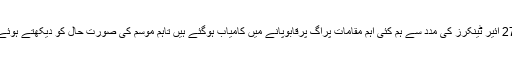
فائر فائیٹنگ ادارے کے اعلیٰ حکام نے دعویٰ کہ 1400 فائر فائٹرز،133 ہیلی کاپٹرز،27 ائیر ٹینکرز کی مدد سے ہم کئی اہم مقامات پرآگ پرقابوپانے میں کامیاب ہوگئے ہیں تاہم موسم کی صورتِ حال کو دیکھتے ہوئے خدشہ ظاہر کیا جارہا ہے کہ اب بھی آگ کومکمل ٹھنڈاکرنےمیں کئی ماہ لگ سکتےہیں۔